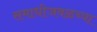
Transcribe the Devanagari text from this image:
समाधीजवळच्या